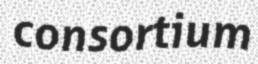
consortium